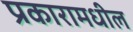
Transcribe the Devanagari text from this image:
प्रकारामधील